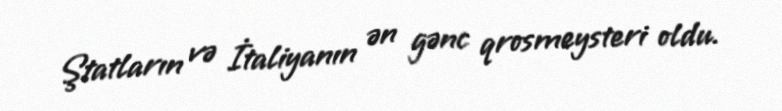
Ştatların və İtaliyanın ən gənc qrosmeysteri oldu.